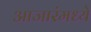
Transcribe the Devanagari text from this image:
आजारंमध्ये